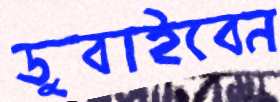
ডুবাইবেন